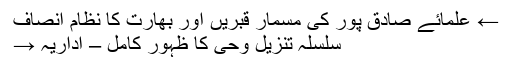
← علمائے صادق پور کی مسمار قبریں اور بھارت کا نظام انصاف
سلسلہ تنزیلِ وحی کا ظہورِ کامل – اداریہ →